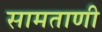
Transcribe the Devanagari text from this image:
सामताणी